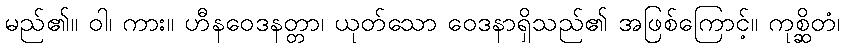
မည်၏။ ဝါ၊ ကား။ ဟီနဝေဒနတ္တာ၊ ယုတ်သော ဝေဒနာရှိသည်၏ အဖြစ်ကြောင့်။ ကုစ္ဆိတံ၊